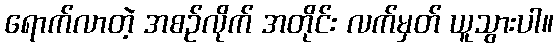
ရောက်လာတဲ့ အစဉ်လိုက် အတိုင်း လက်မှတ် ယူသွားပါ။